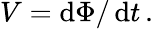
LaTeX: V=\operatorname{d}\! \Phi/\operatorname{d}\! t\, .